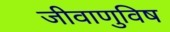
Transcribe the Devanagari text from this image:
जीवाणुविष